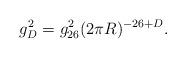
LaTeX: \begin{align*}g_{D}^{2} = g^{2}_{26} (2 \pi R)^{-26+D} .\end{align*}